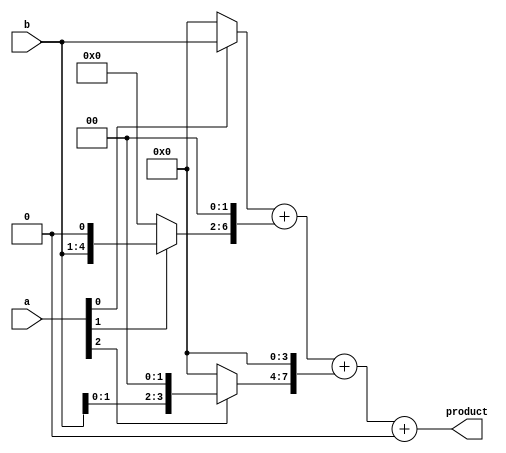
module radix4_multiplier (
    input [3:0] a,
    input [3:0] b,
    output reg [7:0] product
);

reg [7:0] sum [3:0];

always @* begin
    sum[0] = a[0] ? b : 0;
    sum[1] = a[1] ? (b << 1) : 0;
    sum[2] = a[2] ? (b << 2) : 0;
    sum[3] = a[3] ? (b << 3) : 0;

    product = sum[0] + (sum[1] << 2) + (sum[2] << 4) + (sum[3] << 6);
end

endmodule